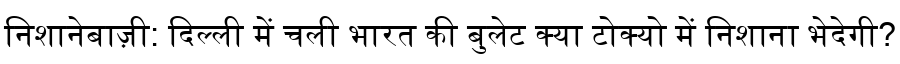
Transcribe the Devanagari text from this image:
निशानेबाज़ी: दिल्ली में चली भारत की बुलेट क्या टोक्यो में निशाना भेदेगी?